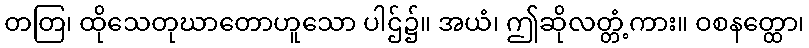
တတြ၊ ထိုသေတုဃာတောဟူသော ပါဌ်၌။ အယံ၊ ဤဆိုလတ္တံ့ကား။ ဝစနတ္ထော၊